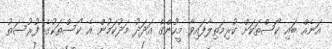
އަނެއް ބައި ކޯސްތަކަށް ކުރިމަތިލާފައިވާ މީހުންގެ އަދަދު މަދުކަމުން އެ ކޯސްތަކުގެ ފުރުސަތު